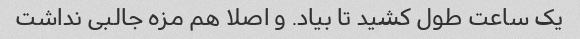
یک ساعت طول کشید تا بیاد. و اصلا هم مزه جالبی نداشت